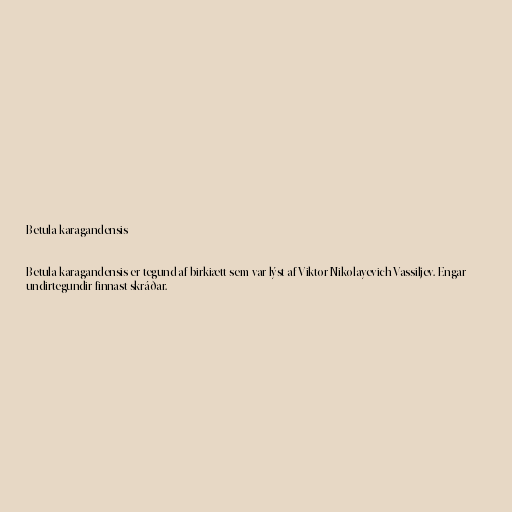
Betula karagandensis

Betula karagandensis er tegund af birkiætt sem var lýst af Viktor Nikolayevich Vassiljev. Engar
undirtegundir finnast skráðar.